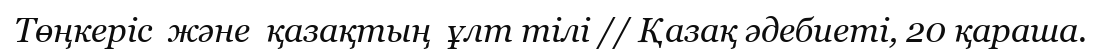
Төңкеріс  және  қазақтың  ұлт тілі // Қазақ әдебиеті, 20 қараша.